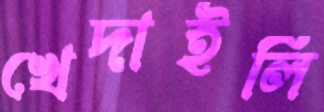
খেদাইলি